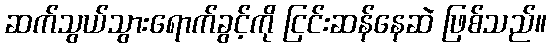
ဆက်သွယ်သွားရောက်ခွင့်ကို ငြင်းဆန်နေဆဲ ဖြစ်သည်။